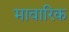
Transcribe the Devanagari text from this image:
मावारिक